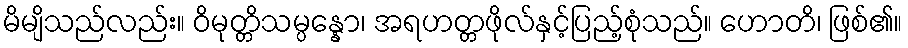
မိမျိသည်လည်း။ ဝိမုတ္တိသမ္ပန္နော၊ အရဟတ္တဖိုလ်နှင့်ပြည့်စုံသည်။ ဟောတိ၊ ဖြစ်၏။